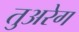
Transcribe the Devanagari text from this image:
तुअरेग